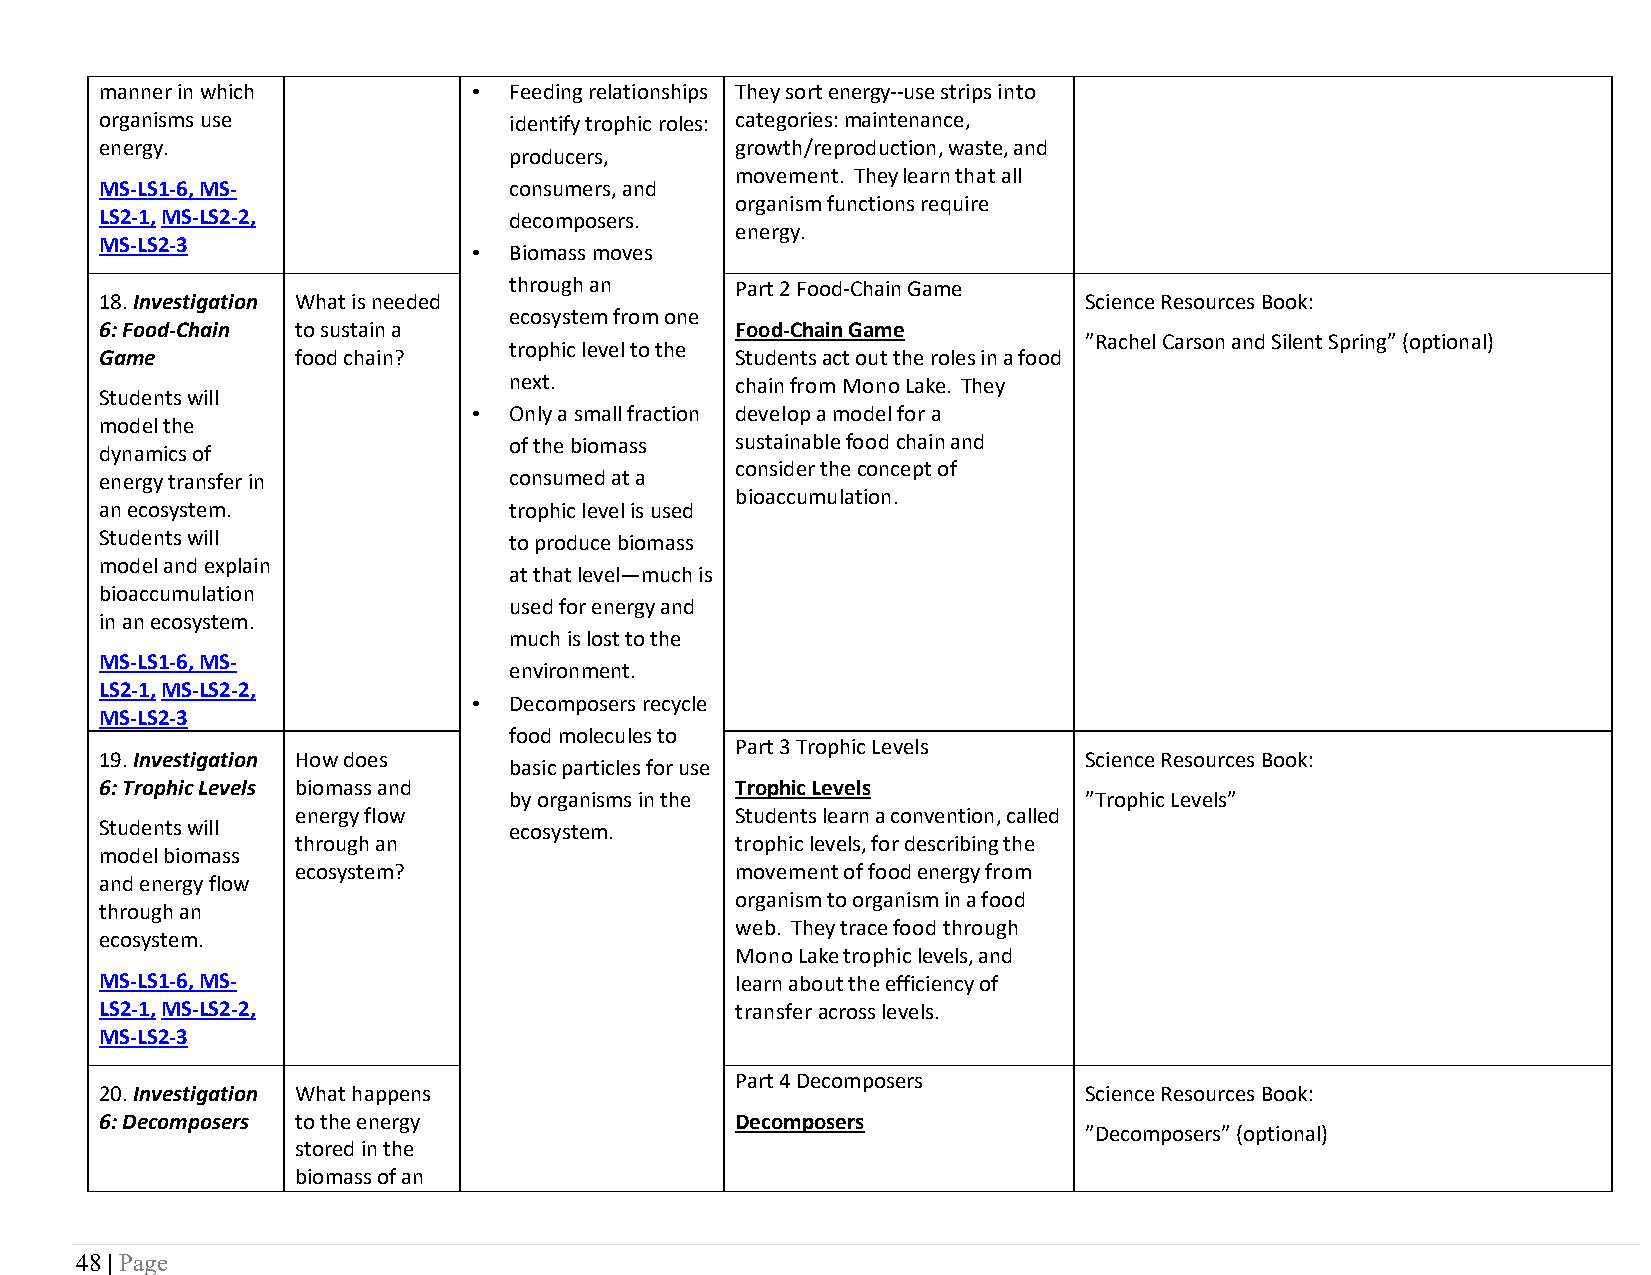
manner in which         •  Feeding relationships They sort energy--use strips into
 organisms use              identify trophic roles: categories: maintenance,
 energy.                                   growth/reproduction, waste, and
 producers,
 movement. They learn that all
 MS-LS1-6, MS-              consumers, and
 organism functions require
 LS2-1, MS-LS2-2,           decomposers.
 energy.
 MS-LS2-3
 •  Biomass moves
 through an     Part 2 Food-Chain Game
 18. Investigation What is needed                                 Science Resources Book:
 ecosystem from one
 6: Food-Chain to sustain a                Food-Chain Game
 ”Rachel Carson and Silent Spring” (optional)
 trophic level to the
 Game         food chain?                  Students act out the roles in a food
 next.          chain from Mono Lake. They
 Students will
 •  Only a small fraction develop a model for a
 model the
 of the biomass sustainable food chain and
 dynamics of
 consider the concept of
 energy transfer in         consumed at a
 bioaccumulation.
 an ecosystem.              trophic level is used
 Students will              to produce biomass
 model and explain
 at that level—much is
 bioaccumulation
 used for energy and
 in an ecosystem.
 much is lost to the
 MS-LS1-6, MS-
 environment.
 LS2-1, MS-LS2-2,
 •  Decomposers recycle
 MS-LS2-3
 food molecules to
 Part 3 Trophic Levels
 19. Investigation How does                                       Science Resources Book:
 basic particles for use
 6: Trophic Levels biomass and             Trophic Levels
 by organisms in the                   ”Trophic Levels”
 energy flow                  Students learn a convention, called
 Students will              ecosystem.
 through an                   trophic levels, for describing the
 model biomass
 ecosystem?                   movement of food energy from
 and energy flow
 organism to organism in a food
 through an
 web. They trace food through
 ecosystem.
 Mono Lake trophic levels, and
 MS-LS1-6, MS-                             learn about the efficiency of
 LS2-1, MS-LS2-2,                          transfer across levels.
 MS-LS2-3
 Part 4 Decomposers
 20. Investigation What happens                                   Science Resources Book:
 6: Decomposers to the energy              Decomposers
 ”Decomposers” (optional)
 stored in the
 biomass of an
 48 | Page